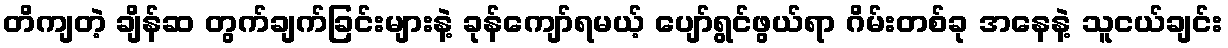
တိကျတဲ့ ချိန်ဆ တွက်ချက်ခြင်းများနဲ့ ခုန်ကျော်ရမယ့် ပျော်ရွင်ဖွယ်ရာ ဂိမ်းတစ်ခု အနေနဲ့ သူငယ်ချင်း